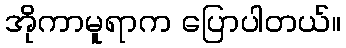
အိုကာမူရာက ပြောပါတယ်။